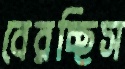
বেরচ্ছিস